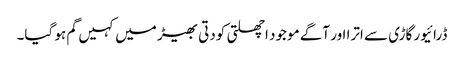
ڈرائیور گاڑی سے اترا اور آگے موجود اچھلتی کودتی بھیڑ میں کہیں گم ہو گیا۔